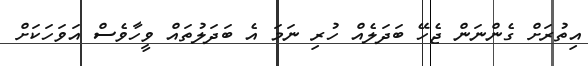
އިތުރަށް ގެންނަން ޖެހޭ ބަދަލެއް ހުރި ނަމަ އެ ބަދަލުތައް ވީހާވެސް އަވަހަކަށް